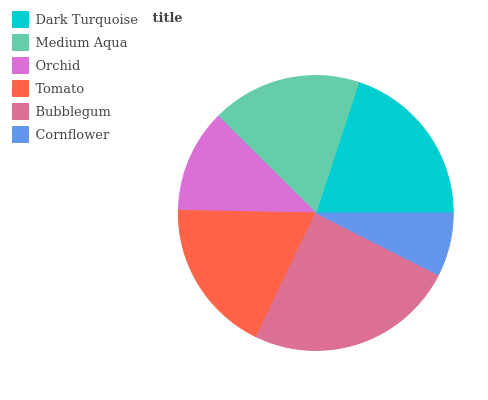
| Dark Turquoise | Medium Aqua | Orchid | Tomato | Bubblegum | Cornflower |
 | --- | --- | --- | --- | --- | --- |
 | 19.9% | 17.7% | 12.1% | 18.1% | 24.7% | 7.45% |